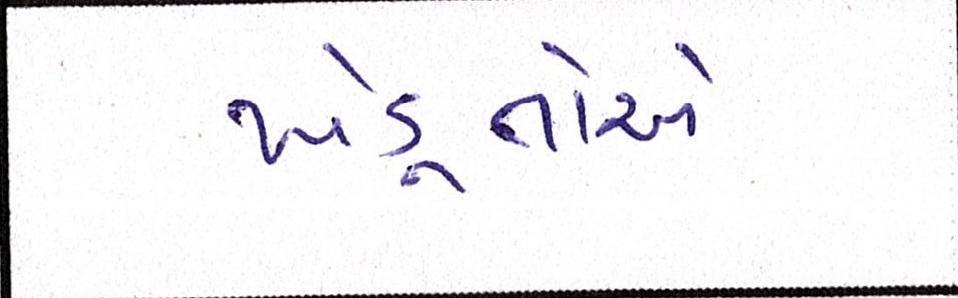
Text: ખેડૂતોએ